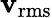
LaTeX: \mathbf{v}_{\mathrm{{rms}}}